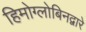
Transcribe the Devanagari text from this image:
हिमोग्लोबिनद्वारे